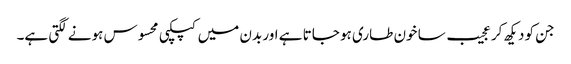
جن کو دیکھ کر عجیب سا خون طاری ہو جاتا ہے اور بدن میں کپکپی محسوس ہونے لگتی ہے۔